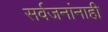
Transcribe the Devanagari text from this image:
सर्वजनांनाही